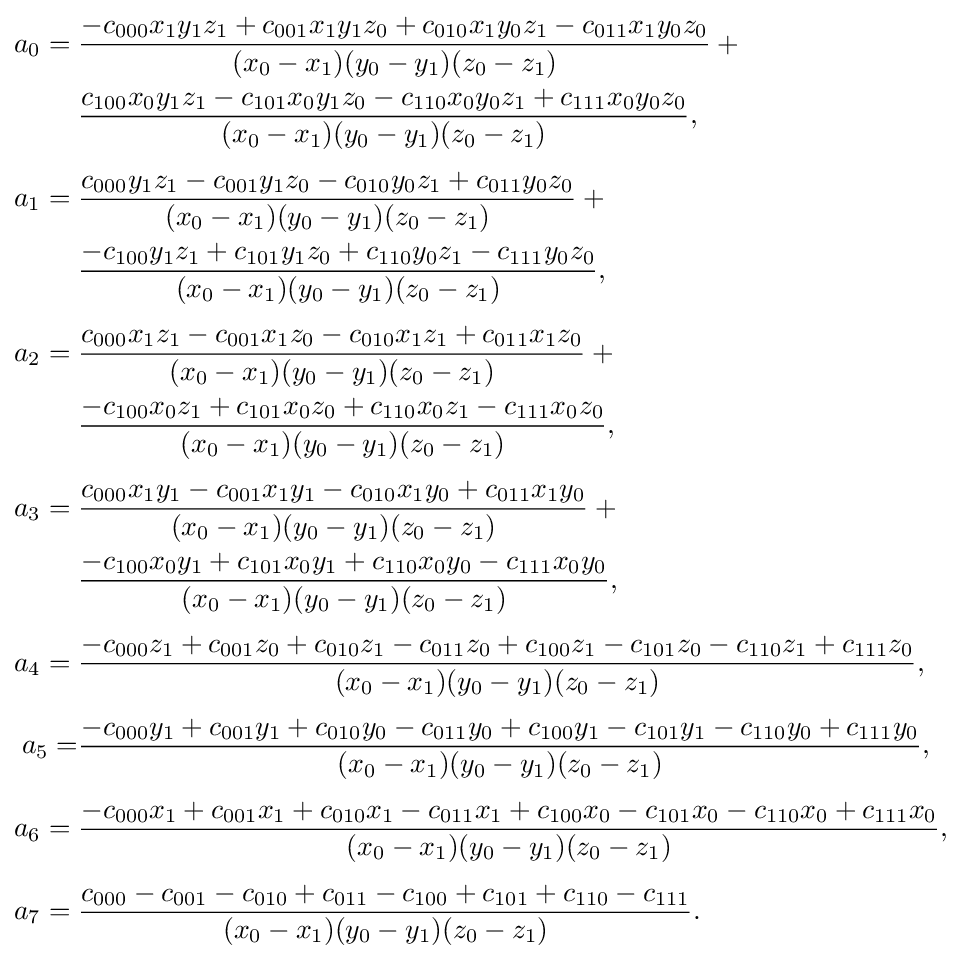
{\begin{aligned}a_{0}={}&{\frac {-c_{000}x_{1}y_{1}z_{1}+c_{001}x_{1}y_{1}z_{0}+c_{010}x_{1}y_{0}z_{1}-c_{011}x_{1}y_{0}z_{0}}{(x_{0}-x_{1})(y_{0}-y_{1})(z_{0}-z_{1})}}+{}\\&{\frac {c_{100}x_{0}y_{1}z_{1}-c_{101}x_{0}y_{1}z_{0}-c_{110}x_{0}y_{0}z_{1}+c_{111}x_{0}y_{0}z_{0}}{(x_{0}-x_{1})(y_{0}-y_{1})(z_{0}-z_{1})}},\\[4pt]a_{1}={}&{\frac {c_{000}y_{1}z_{1}-c_{001}y_{1}z_{0}-c_{010}y_{0}z_{1}+c_{011}y_{0}z_{0}}{(x_{0}-x_{1})(y_{0}-y_{1})(z_{0}-z_{1})}}+{}\\&{\frac {-c_{100}y_{1}z_{1}+c_{101}y_{1}z_{0}+c_{110}y_{0}z_{1}-c_{111}y_{0}z_{0}}{(x_{0}-x_{1})(y_{0}-y_{1})(z_{0}-z_{1})}},\\[4pt]a_{2}={}&{\frac {c_{000}x_{1}z_{1}-c_{001}x_{1}z_{0}-c_{010}x_{1}z_{1}+c_{011}x_{1}z_{0}}{(x_{0}-x_{1})(y_{0}-y_{1})(z_{0}-z_{1})}}+{}\\&{\frac {-c_{100}x_{0}z_{1}+c_{101}x_{0}z_{0}+c_{110}x_{0}z_{1}-c_{111}x_{0}z_{0}}{(x_{0}-x_{1})(y_{0}-y_{1})(z_{0}-z_{1})}},\\[4pt]a_{3}={}&{\frac {c_{000}x_{1}y_{1}-c_{001}x_{1}y_{1}-c_{010}x_{1}y_{0}+c_{011}x_{1}y_{0}}{(x_{0}-x_{1})(y_{0}-y_{1})(z_{0}-z_{1})}}+{}\\&{\frac {-c_{100}x_{0}y_{1}+c_{101}x_{0}y_{1}+c_{110}x_{0}y_{0}-c_{111}x_{0}y_{0}}{(x_{0}-x_{1})(y_{0}-y_{1})(z_{0}-z_{1})}},\\[4pt]a_{4}={}&{\frac {-c_{000}z_{1}+c_{001}z_{0}+c_{010}z_{1}-c_{011}z_{0}+c_{100}z_{1}-c_{101}z_{0}-c_{110}z_{1}+c_{111}z_{0}}{(x_{0}-x_{1})(y_{0}-y_{1})(z_{0}-z_{1})}},\\[4pt]a_{5}=&{\frac {-c_{000}y_{1}+c_{001}y_{1}+c_{010}y_{0}-c_{011}y_{0}+c_{100}y_{1}-c_{101}y_{1}-c_{110}y_{0}+c_{111}y_{0}}{(x_{0}-x_{1})(y_{0}-y_{1})(z_{0}-z_{1})}},\\[4pt]a_{6}={}&{\frac {-c_{000}x_{1}+c_{001}x_{1}+c_{010}x_{1}-c_{011}x_{1}+c_{100}x_{0}-c_{101}x_{0}-c_{110}x_{0}+c_{111}x_{0}}{(x_{0}-x_{1})(y_{0}-y_{1})(z_{0}-z_{1})}},\\[4pt]a_{7}={}&{\frac {c_{000}-c_{001}-c_{010}+c_{011}-c_{100}+c_{101}+c_{110}-c_{111}}{(x_{0}-x_{1})(y_{0}-y_{1})(z_{0}-z_{1})}}.\end{aligned}}